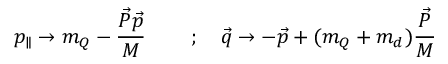
p _ { \parallel } \rightarrow m _ { Q } - \frac { \vec { P } \vec { p } } { M } \ \ \, \ \ \ \ ; \ \ \ \vec { q } \rightarrow - \vec { p } + ( m _ { Q } + m _ { d } ) \frac { \vec { P } } { M }